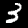
Label: 3